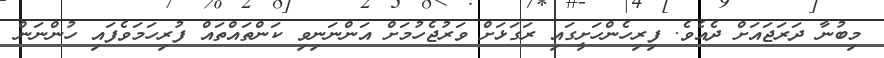
މިބުނާ ދަރަޖައަށް ދެއެވެ. ފިރިހެންހަށީގައި ރަގަޅަށް ވަރުޖެހުމަށް އަންނަނިވި ކަންތައްތައް ފުރިހަމަވެފައި ހުންނަން